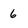
Character: 6